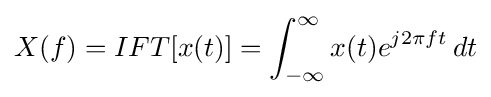
X(f)=IFT[x(t)]=\int _{-\infty }^{\infty }x(t)e^{j2\pi ft}\,dt